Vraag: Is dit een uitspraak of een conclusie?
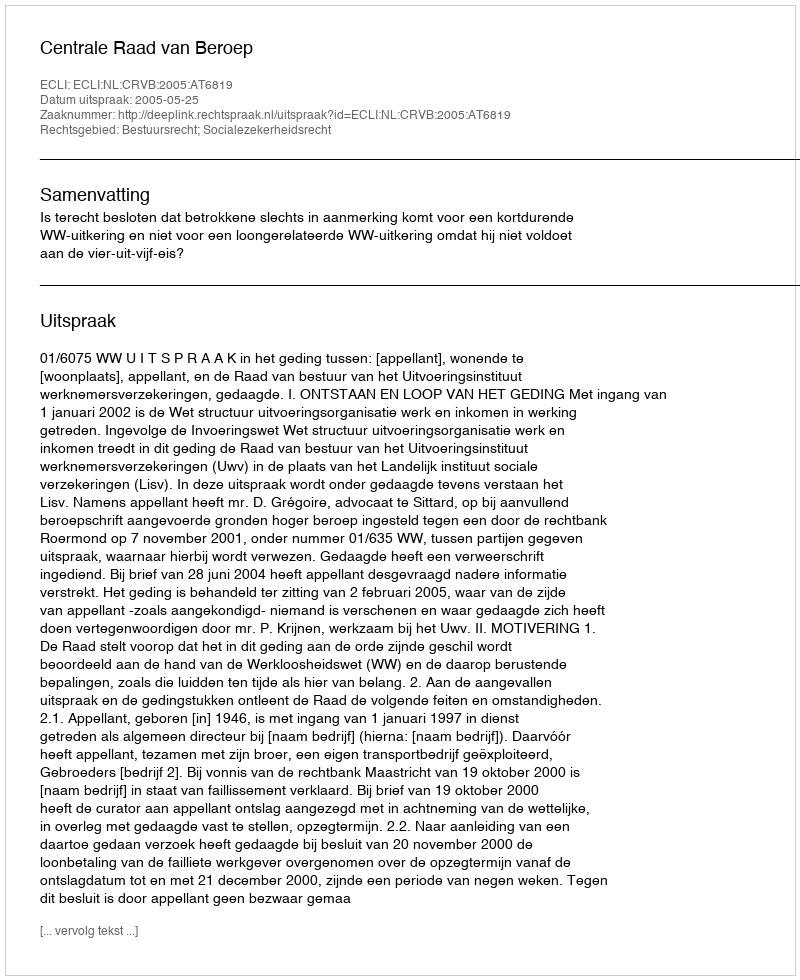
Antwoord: Uitspraak